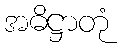
အဓိဋ္ဌာတုံ